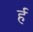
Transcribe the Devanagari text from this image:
र्ह